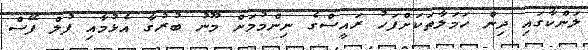
ލަންކާގައި ދިން ހަމަލާތަކަށްފަހު ރައީސްގެ ނިންމުމަށް މޫނު ބުރުގާ އެޅުމާއި ފުލް ފޭސް